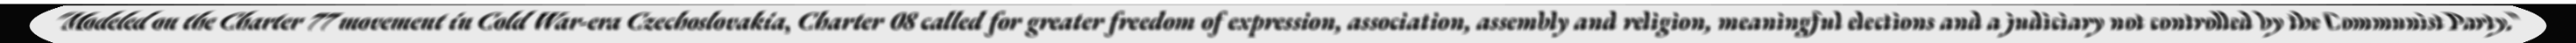
"Modeled on the Charter 77 movement in Cold War-era Czechoslovakia, Charter 08 called for greater freedom of expression, association, assembly and religion, meaningful elections and a judiciary not controlled by the Communist Party."